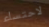
لاحتساء